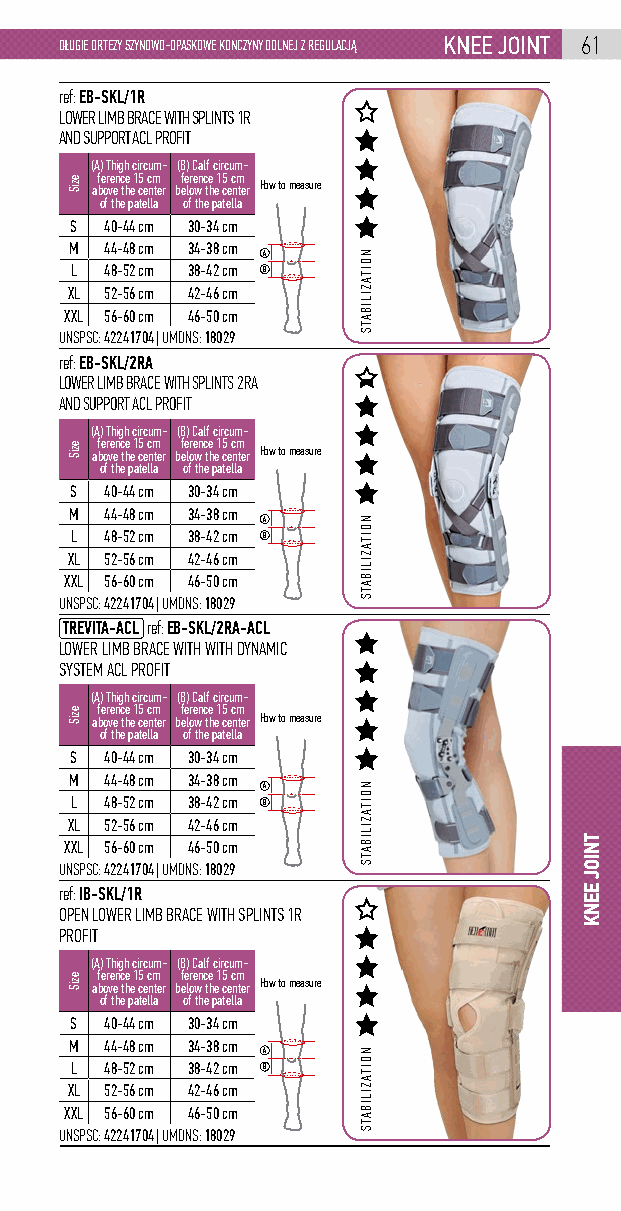
DŁUGIE ORTEZY SZYNOWO-OPASKOWE KONCZYNY DOLNEJ Z REGULACJĄ knEE joint 61
 ref: EB-SKL/1R
 LOWER LIMB BRACE WITH SPLINTS 1R
 AND SUPPORT ACL PROFIT
 (A) Thigh circum- (B) Calf circum-
 ference 15 cm ference 15 cm above the center below the center How to measure
 of the patella of the patella
 S 40-44 cm 30-34 cm
 M 44-48 cm 34-38 cm
 A
 L 48-52 cm 38-42 cm B
 XL 52-56 cm 42-46 cm
 XXL 56-60 cm 46-50 cm
 UNSPSC: 42241704 | UMDNS: 18029
 ref: EB-SKL/2RA
 LOWER LIMB BRACE WITH SPLINTS 2RA
 AND SUPPORT ACL PROFIT
 (A) Thigh circum- (B) Calf circum-
 ference 15 cm ference 15 cm above the center below the center How to measure
 of the patella of the patella
 S 40-44 cm 30-34 cm
 M 44-48 cm 34-38 cm
 A
 L 48-52 cm 38-42 cm B
 XL 52-56 cm 42-46 cm
 XXL 56-60 cm 46-50 cm
 UNSPSC: 42241704 | UMDNS: 18029
 TREVITA-ACL ref: EB-SKL/2RA-ACL
 LOWER LIMB BRACE WITH WITH DYNAMIC
 SYSTEM ACL PROFIT
 (A) Thigh circum- (B) Calf circum-
 ference 15 cm ference 15 cm
 above the center below the center How to measure
 of the patella of the patella
 S 40-44 cm 30-34 cm
 M 44-48 cm 34-38 cm
 A
 L 48-52 cm 38-42 cm B
 XL 52-56 cm 42-46 cm
 XXL 56-60 cm 46-50 cm
 UNSPSC: 42241704 | UMDNS: 18029
 ref: IB-SKL/1R
 OPEN LOWER LIMB BRACE WITH SPLINTS 1R
 PROFIT
 (A) Thigh circum- (B) Calf circum-
 ference 15 cm ference 15 cm above the center below the center How to measure
 of the patella of the patella
 S 40-44 cm 30-34 cm
 M 44-48 cm 34-38 cm
 A
 L 48-52 cm 38-42 cm B
 XL 52-56 cm 42-46 cm
 XXL 56-60 cm 46-50 cm
 UNSPSC: 42241704 | UMDNS: 18029
 eziS
 eziS
 eziS
 eziS
 NOITAZILIBATS
 NOITAZILIBATS
 NOITAZILIBATS
 NOITAZILIBATS
 tNioj
 EENK